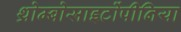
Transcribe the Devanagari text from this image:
थ्रोम्बोसाइटोंपीनिया